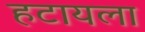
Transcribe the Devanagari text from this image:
हटायला